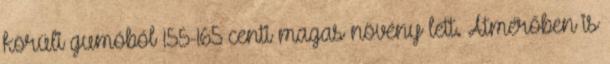
körüli gumóból 155-165 centi magas növény lett. Átmérőben is